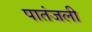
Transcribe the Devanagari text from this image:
पातंजली